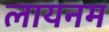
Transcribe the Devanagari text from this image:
लायनम